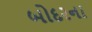
બોદરના